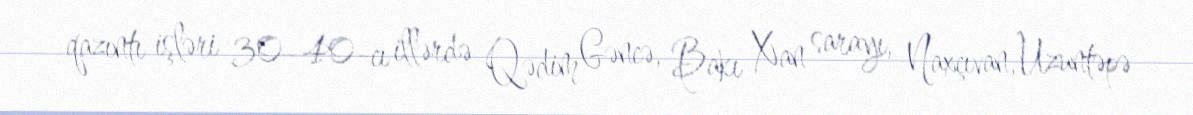
qazıntı işləri 30–40-cı illərdə Qədim Gəncə, Bakı Xan sarayı, Naxçıvan, Uzuntəpə